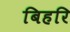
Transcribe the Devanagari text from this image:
बिहरि